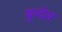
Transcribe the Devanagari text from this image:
बुन्देस